Indian journal of veterinary science and animal husbandry - Volume 4,
Year: 1934
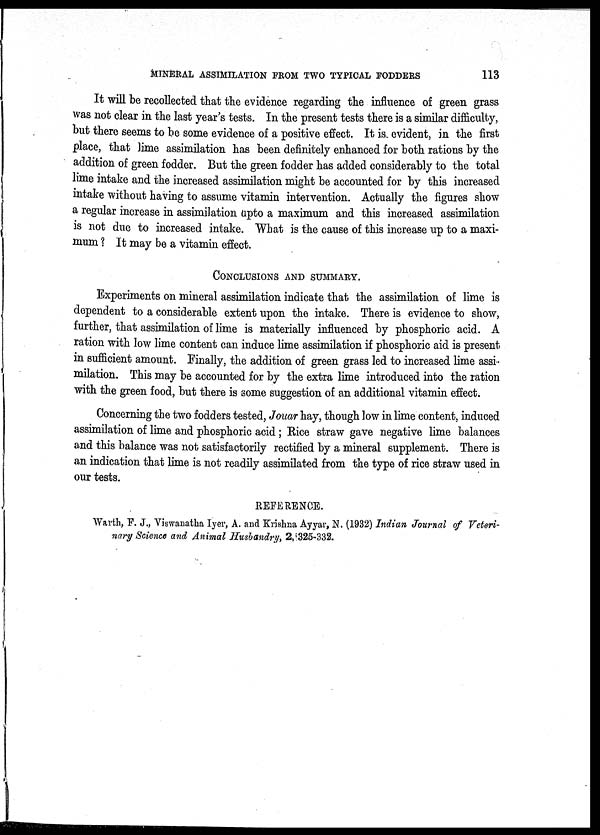
MINERAL ASSIMILATION FROM TWO TYPICAL FODDERS
113
It will be recollected that the evidence regarding the influence of green grass
was not clear in the last year's tests. In the present tests there is a similar difficulty,
but there seems to be some evidence of a positive effect. It is. evident, in the first
place, that lime assimilation has been definitely enhanced for both rations by the
addition of green fodder. But the green fodder has added considerably to the total
lime intake and the increased assimilation might be accounted for by this increased
intake without having to assume vitamin intervention. Actually the figures show
a regular increase in assimilation upto a maximum and this increased assimilation
is not due to increased intake. What is the cause of this increase up to a maxi-
mum ? It may be a vitamin effect.
CONCLUSIONS AND SUMMARY.
Experiments on mineral assimilation indicate that the assimilation of lime is
dependent to a considerable extent upon the intake. There is evidence to show,
further, that assimilation of lime is materially influenced by phosphoric acid. A
ration with low lime content can induce lime assimilation if phosphoric aid is present
in sufficient amount. Finally, the addition of green grass led to increased lime assi-
milation. This may be accounted for by the extra lime introduced into the ration
with the green food, but there is some suggestion of an additional vitamin effect.
Concerning the two fodders tested, Jouar hay, though low in lime content, induced
assimilation of lime and phosphoric acid ; Rice straw gave negative lime balances
and this balance was not satisfactorily rectified by a mineral supplement. There is
an indication that lime is not readily assimilated from the type of rice straw used in
our tests.
REFERENCE.
Warth, F. J., Viswauatha Iyer, A. and Krishna Ayyar, N. (1932) Indian Journal of Veteri-
nary Science and Animal Husbandry, 2, 325-332.